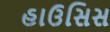
હાઉસિસ